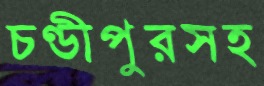
চণ্ডীপুরসহ